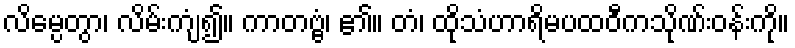
လိမ္ပေတွာ၊ လိမ်းကျံ၍။ ကာတဗ္ဗံ၊ ၏။ တံ၊ ထိုသံဟာရိမပထဝီကသိုဏ်းဝန်းကို။